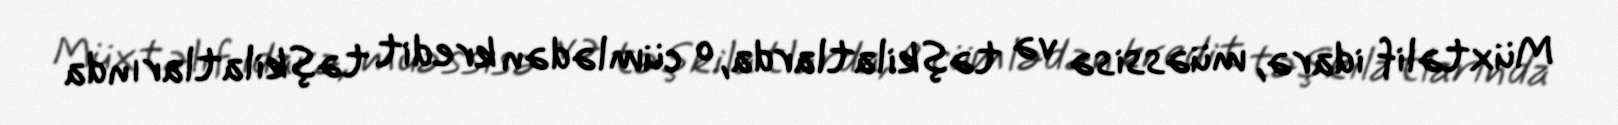
Müxtəlif idarə, müəssisə və təşkilatlarda, o cümlədən kredit təşkilatlarında